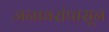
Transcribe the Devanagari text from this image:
जनावरांपासून